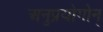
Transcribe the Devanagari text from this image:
अनुप्रयोगोन्